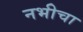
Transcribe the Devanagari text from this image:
नभीचा